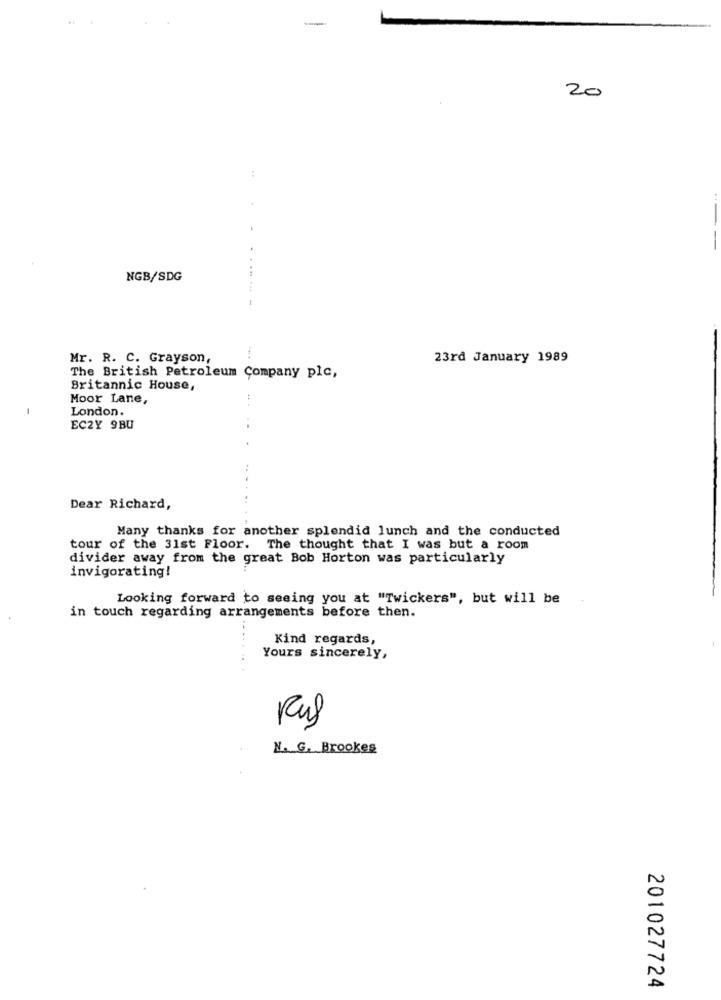
20
-
...
NGB/SDG
Mr. R. C. Grayson,
23rd January 1989
The British Petroleum Company plc,
Britannic House,
Moor Lane,
.. .
-
London.
EC2Y 9BU
Dear Richard,
Many thanks for another splendid lunch and the conducted
tour of the 31st Floor. The thought that I was but a room
divider away from the great Bob Horton was particularly
invigorating!
Looking forward to seeing you at "Twickers", but will be
in touch regarding arrangements before then.
Kind regards,
Yours sincerely,
Rus
N. G. Brookes
201027724